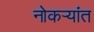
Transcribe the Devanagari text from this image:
नोकऱ्यांत